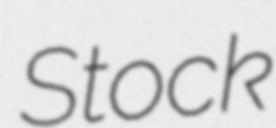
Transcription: Stock